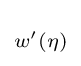
\scriptstyle w'\left(\eta \right)